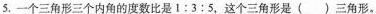
5，一个三角形三个内角的度数比是1:3:5，这个三角形是()三角形。